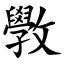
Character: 斆